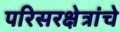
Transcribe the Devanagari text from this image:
परिसरक्षेत्रांचे